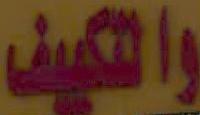
والتكييف